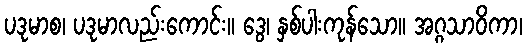
ပဒုမာစ၊ ပဒုမာလည်းကောင်း။ ဒွေ၊ နှစ်ပါးကုန်သော။ အဂ္ဂသာဝိကာ၊